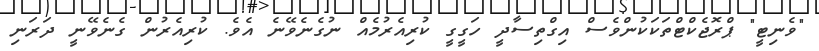
"ވެނިޓީ" ޕްރޮޖެކްޓްތަކަކުންވެސް އިގްތިސާދީ ހަގީގީ ކުރިއެރުމެއް ނުގެނެވޭނެ އެވެ. ކުރިއެރުން ގެނެވޭނީ ދަރަނި